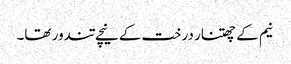
نیم کے چھتنار درخت کے نیچے تندور تھا۔